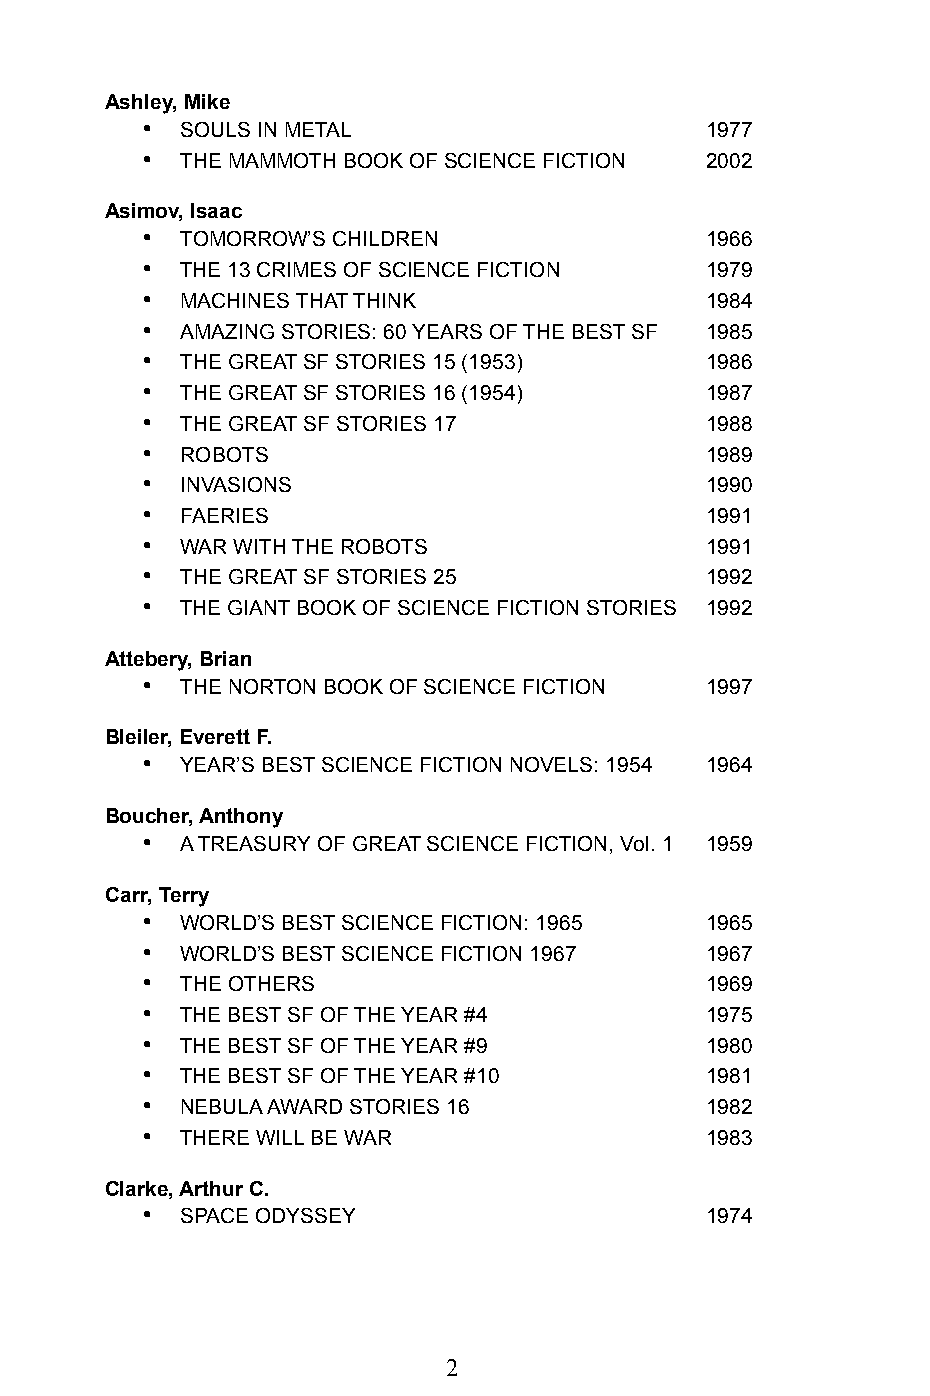
Ashley, Mike
 •  SOULS IN METAL                     1977
 •  THE MAMMOTH BOOK OF SCIENCE FICTION 2002
 Asimov, Isaac
 •  TOMORROW’S CHILDREN                1966
 •  THE 13 CRIMES OF SCIENCE FICTION   1979
 •  MACHINES THAT THINK                1984
 •  AMAZING STORIES: 60 YEARS OF THE BEST SF 1985
 •  THE GREAT SF STORIES 15 (1953)     1986
 •  THE GREAT SF STORIES 16 (1954)     1987
 •  THE GREAT SF STORIES 17            1988
 •  ROBOTS                             1989
 •  INVASIONS                          1990
 •  FAERIES                            1991
 •  WAR WITH THE ROBOTS                1991
 •  THE GREAT SF STORIES 25            1992
 •  THE GIANT BOOK OF SCIENCE FICTION STORIES 1992
 Attebery, Brian
 •  THE NORTON BOOK OF SCIENCE FICTION 1997
 Bleiler, Everett F.
 •  YEAR’S BEST SCIENCE FICTION NOVELS: 1954 1964
 Boucher, Anthony
 •  A TREASURY OF GREAT SCIENCE FICTION, Vol. 1 1959
 Carr, Terry
 •  WORLD’S BEST SCIENCE FICTION: 1965 1965
 •  WORLD’S BEST SCIENCE FICTION 1967  1967
 •  THE OTHERS                         1969
 •  THE BEST SF OF THE YEAR #4         1975
 •  THE BEST SF OF THE YEAR #9         1980
 •  THE BEST SF OF THE YEAR #10        1981
 •  NEBULA AWARD STORIES 16            1982
 •  THERE WILL BE WAR                  1983
 Clarke, Arthur C.
 •  SPACE ODYSSEY                      1974
 2